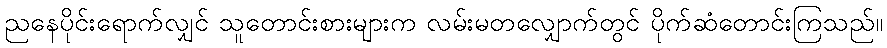
ညနေပိုင်းရောက်လျှင် သူတောင်းစားများက လမ်းမတလျှောက်တွင် ပိုက်ဆံတောင်းကြသည်။